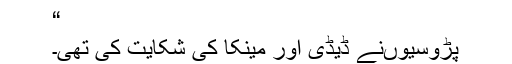
“
پڑوسیوںنے ڈیڈی اور مینکا کی شکایت کی تھی۔